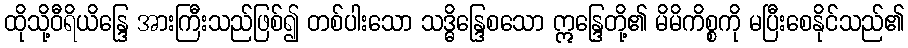
ထိုသို့ဝီရိယိန္ဒြေ အားကြီးသည်ဖြစ်၍ တစ်ပါးသော သဒ္ဓိန္ဒြေစသော ဣန္ဒြေတို့၏ မိမိကိစ္စကို မပြီးစေနိုင်သည်၏